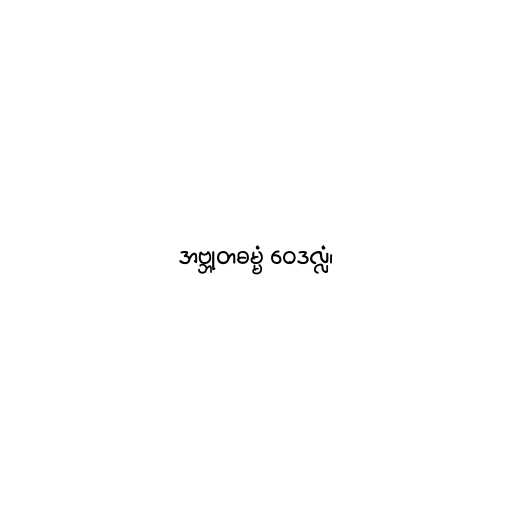
အဗ္ဘုတဓမ္မံ ဝေဒလ္လံ၊